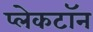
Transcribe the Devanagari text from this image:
प्लेकटॉन